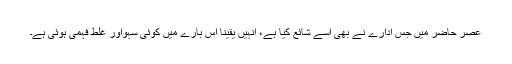
عصرِ حاضر میں جس ادارے نے بھی اسے شائع کیا ہے، انہیں یقینا اس بارے میں کوئی سہواور غلط فہمی ہوئی ہے۔